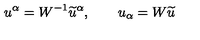
u ^ { \alpha } = W ^ { - 1 } \widetilde { u } ^ { \alpha } , \qquad u _ { \alpha } = W \widetilde { u }